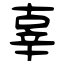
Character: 辜